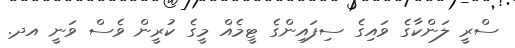
ސްރީ ލަންކާގެ ވައިގެ ސިފައިންގެ ޓީމެއް މީގެ ކުރީން ވެސް ވަނީ އދ.